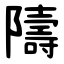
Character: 隯